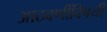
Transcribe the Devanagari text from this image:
आठवणींविषयी